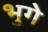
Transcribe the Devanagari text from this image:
भुगे